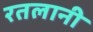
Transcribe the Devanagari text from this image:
रतलानी